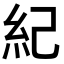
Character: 紀